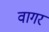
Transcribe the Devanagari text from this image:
वागर